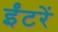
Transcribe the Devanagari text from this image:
ईंटरें